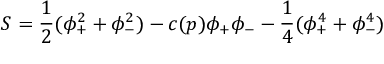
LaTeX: S = { \frac { 1 } { 2 } } ( \phi _ { + } ^ { 2 } + \phi _ { - } ^ { 2 } ) - c ( p ) \phi _ { + } \phi _ { - } - { \frac { 1 } { 4 } } ( \phi _ { + } ^ { 4 } + \phi _ { - } ^ { 4 } )